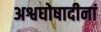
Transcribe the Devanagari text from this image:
अश्वघोषादीनां